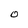
Character: O